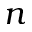
n